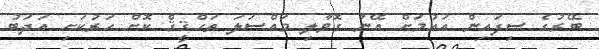
ބޭރުގެ ސިފައިން އައުމަށް އޭނާ ގޮވާލި މައްސަލަ ތަހްޤީޤް ކޮށް ހަރުކަށި އަދަބު